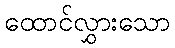
ထောင်လွှားသော